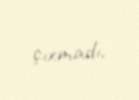
çıxmadı.